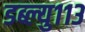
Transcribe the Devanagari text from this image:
डब्ल्यु११३